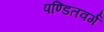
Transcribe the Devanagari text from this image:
पण्डितवर्ग